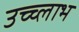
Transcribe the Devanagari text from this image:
उच्च्लाभ